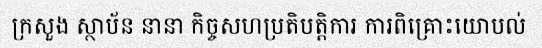
ក្រសួង ស្ថាប័ន នានា កិច្ចសហប្រតិបត្តិការ ការពិគ្រោះយោបល់